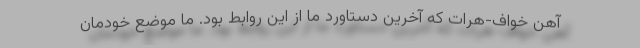
آهن خواف-هرات که آخرین دستاورد ما از این روابط بود. ما موضع خودمان